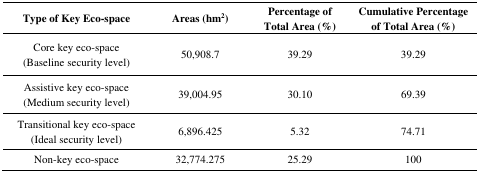
<table><thead><tr><td><b>Type of Key Eco-space</b></td><td><b>Areas (hm<sup>2</sup>)</b></td><td><b>Percentage of Total Area (%)</b></td><td><b>Cumulative Percentage of Total Area (%)</b></td></tr></thead><tbody><tr><td>Core key eco-space(Baseline security level)</td><td>50,908.7</td><td>39.29</td><td>39.29</td></tr><tr><td>Assistive key eco-space(Medium security level)</td><td>39,004.95</td><td>30.10</td><td>69.39</td></tr><tr><td>Transitional key eco-space(Ideal security level)</td><td>6,896.425</td><td>5.32</td><td>74.71</td></tr><tr><td>Non-key eco-space</td><td>32,774.275</td><td>25.29</td><td>100</td></tr></tbody></table>